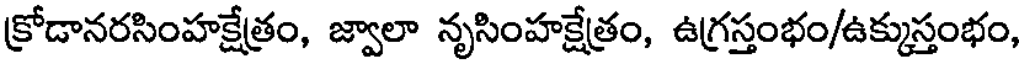
క్రోడానరసింహక్షేత్రం, జ్వాలా నృసింహక్షేత్రం, ఉగ్రస్తంభం/ఉక్కుస్తంభం,